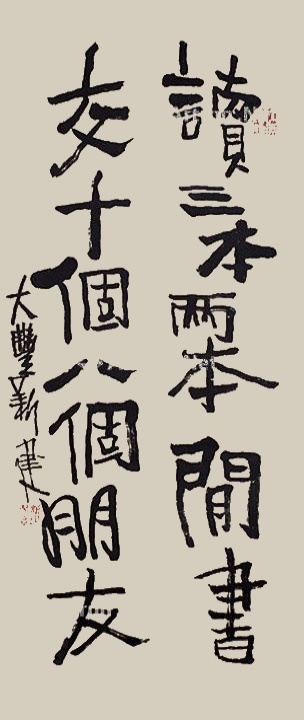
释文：读三本两本闲书交十个八个朋友大丰新建